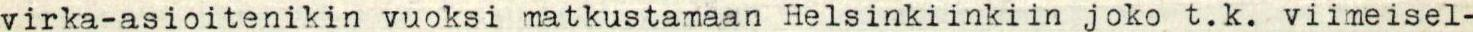
virka-asioitenikin vuoksi matkustamaan Helsinkiinkiin joko t.k. viimeisel-